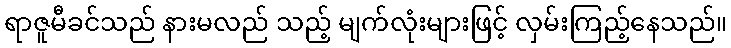
ရာဇူမီခင်သည် နားမလည် သည့် မျက်လုံးများဖြင့် လှမ်းကြည့်နေသည်။